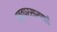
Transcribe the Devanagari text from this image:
वृत्तप्रसारणाचे